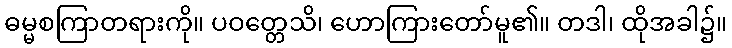
ဓမ္မစကြာတရားကို။ ပဝတ္တေသိ၊ ဟောကြားတော်မူ၏။ တဒါ၊ ထိုအခါ၌။